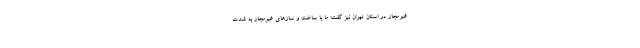
غیرمجاز در استان تهران نیز گفت: ما با ساخت و سازهای غیرمجاز به شدت